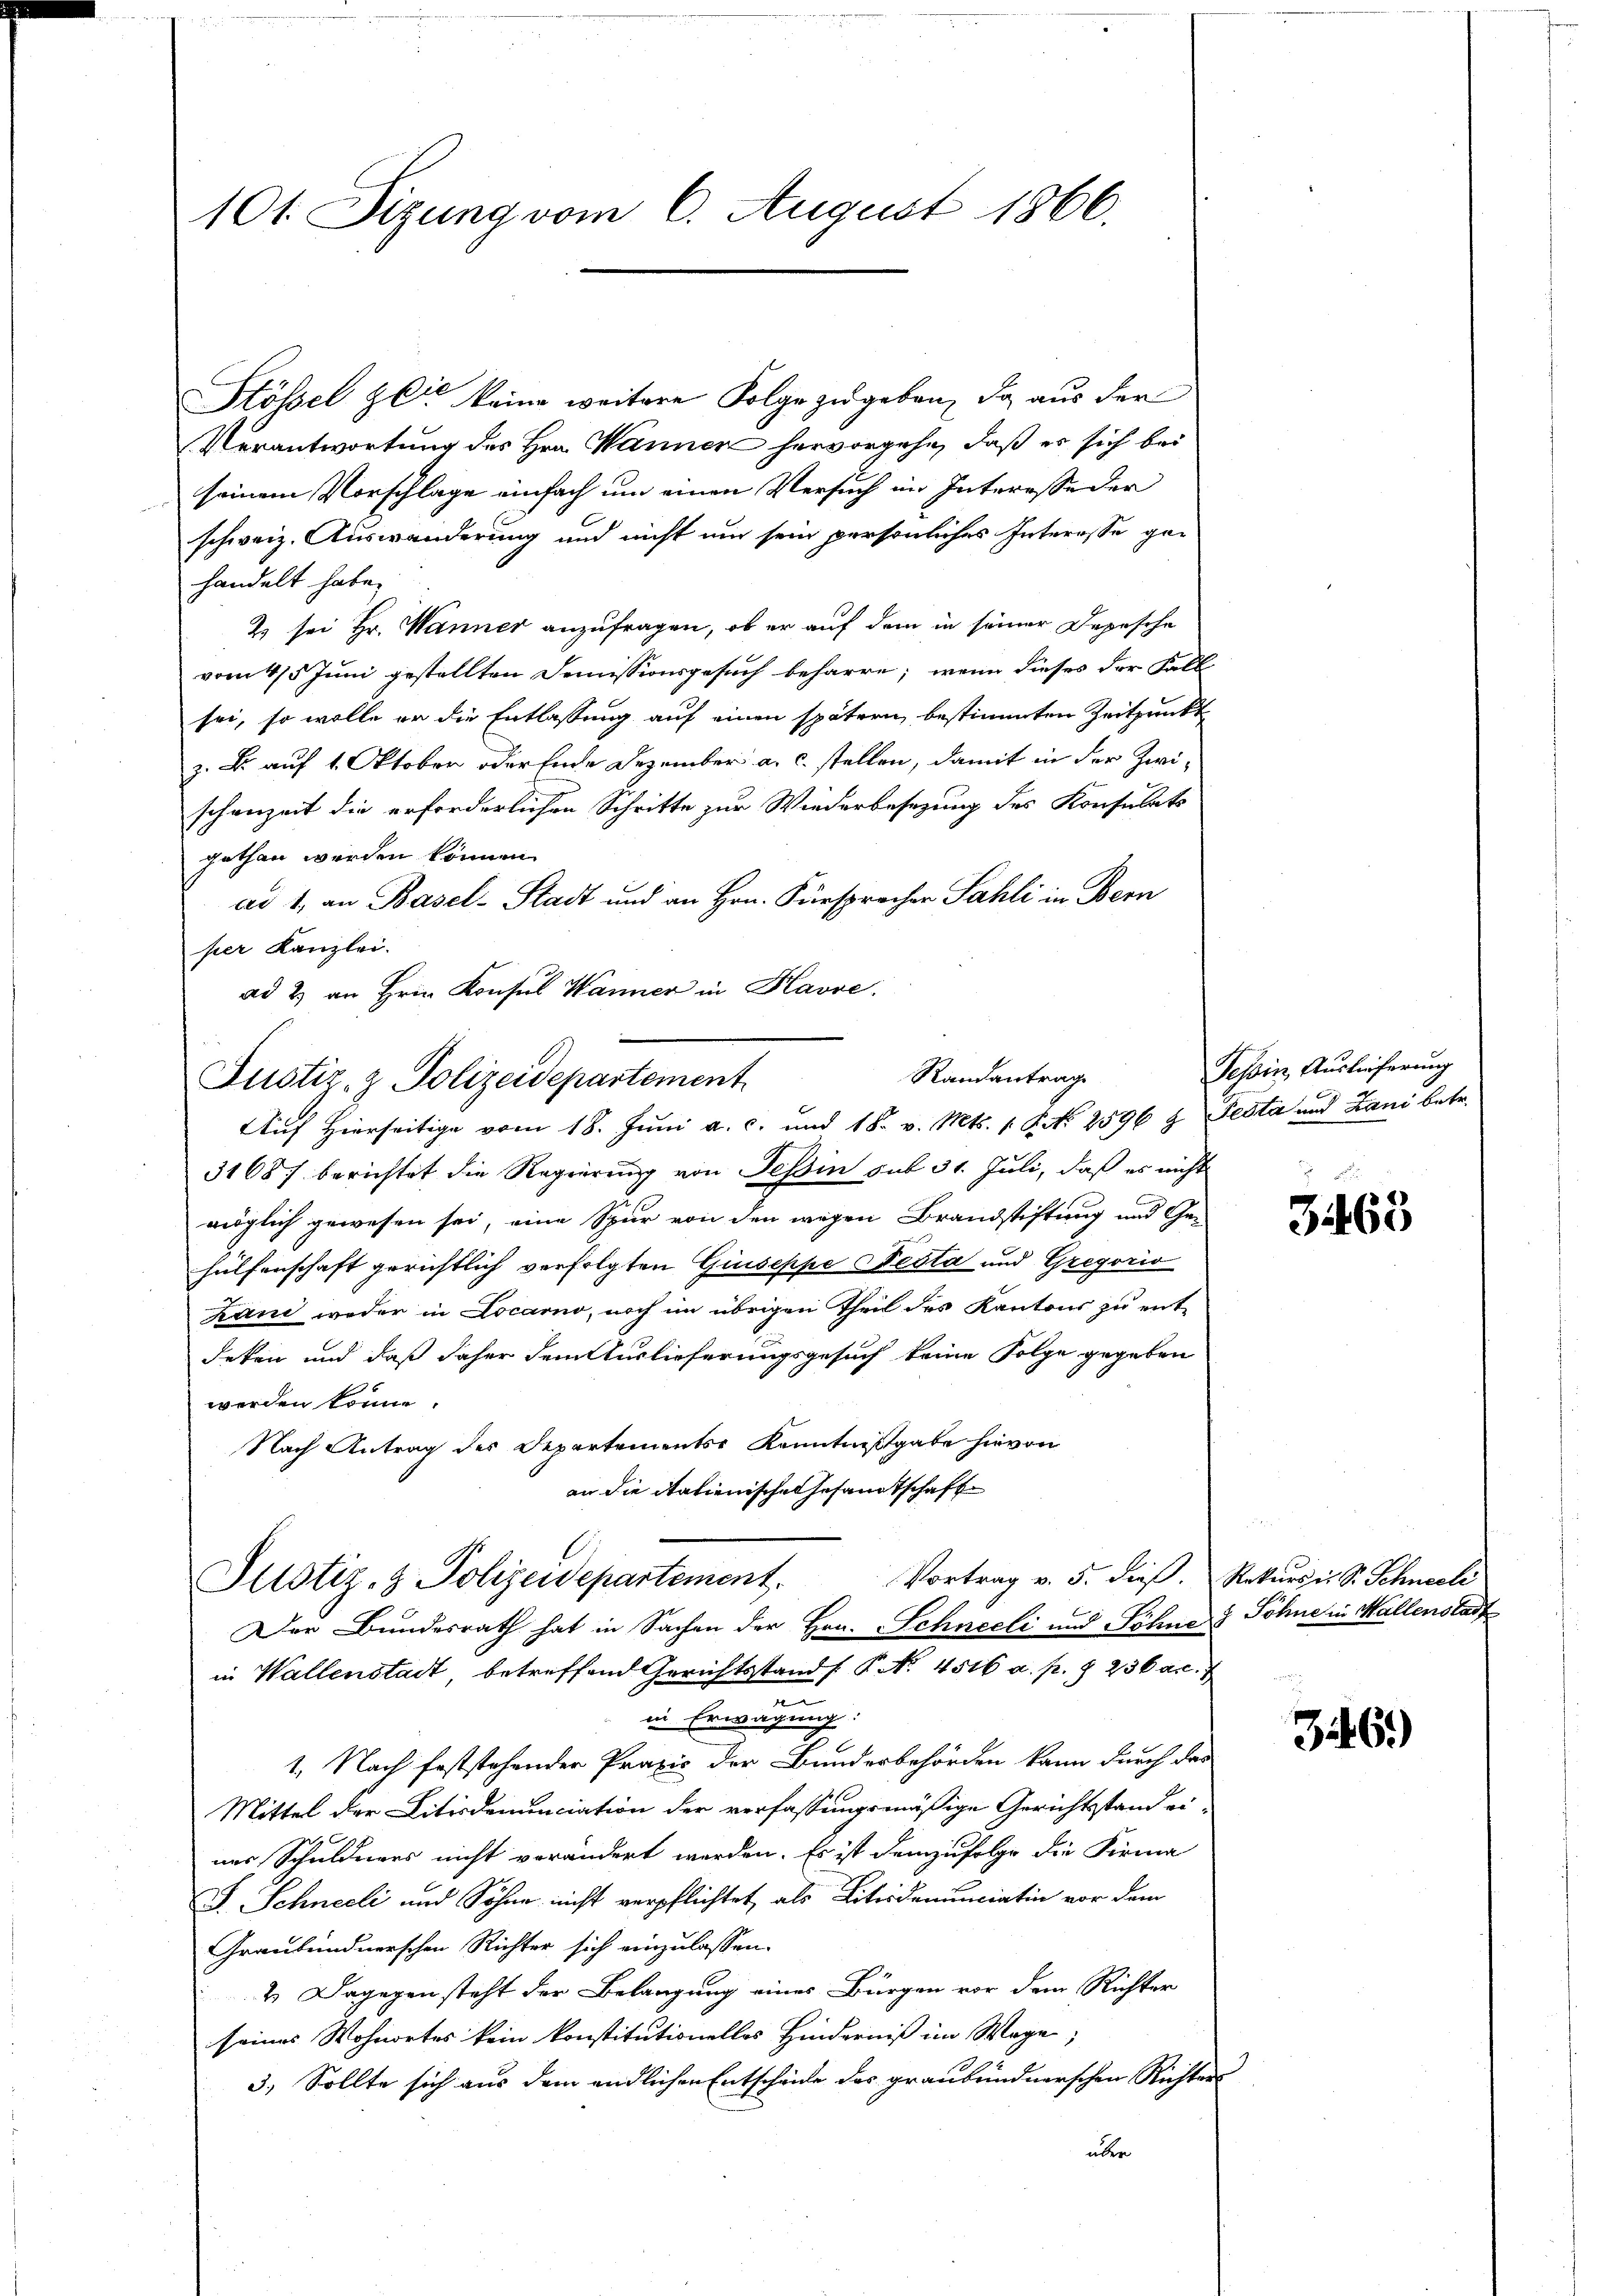
101. Sizung vom 6. August 1866.

Stössel zeit keine weitere Folge zugeben, da aus der
Verantwortung des Hrn. Wanner hervorgehe, daß er sich bei
seinem Vorschlage einfach um einen Versuch im Interesse der
schweiz. Auswanderung und nicht um sein persönliches Interesse ge-
handelt habe.
2) sei Hr. Wanner anzufragen, ob er auf dem in seiner Depesche
vom 4/5 Juni gestellten Demissionsgesuch beharre, wenn dieses der Fall
sei, so wolle er die Entlassung auf einen spätern bestimmten Zeitpunkt
z. B. auf 1. Oktoben oder Ende Dezember a. c. stellen, damit in der Zwischenzeit die erforderlichen Schritte zur Wiederbesezung des Konsulats
gethan werden können.
ad 1. an Basel-Stadt und an Hrn. Fürsprecher Sahli in Bern
per Kanzlei.
ad 2. an Hrn. Konsul Wanner in Havre
31687 berichtet die Regierung von Tessin sub 31. Juli, daß es nicht
möglich gewesen sei, eine Spur von den wegen Brandstiftung und Ge-
hülfenschaft gerichtlich verfolgten Giuseppe Nesta und Gregoris
Zani weder in Locarno, noch im übrigen Theil des Kantons zu ent-
deken und daß daher dem Auslieferungsgesuch keine Folge gegeben
werden könne.
Nach Antrag des Departements Kenntnißgabe hievon
an die italienische Gesandtschaft
l
Vortrag v. 5. dieß. Rekurs in S. Schneeli
Justiz- & Polizeidepartement.
Der Bundesrath hat in Sachen der Hrn. Schneeli und Söhne & Söhne in Mallenstadt
in Wallenstadt, betreffend Gerichtsstand. P. No. 4516 a. p. § 236 Art. 1
n
in Erwägung:
1. Nach feststehender Praxis der Bunderbehörden kann durch das
Mittel der Litisdenunciation der verfassungsmäßige Gerichtsstand ei-
ner Schuldners nicht verändert werden. Es ist demzufolge die Firma
F. Schneeli und Söhne nicht verpflichtet, als Litsidenunciation vor dem
Graubündnerschen Richter sich einzulassen.
2. Dagegen steht der Belangung eines Bürgen vor dem Richter
seines Wohnortes kein konstitutionellos Hinderniß im Wage;
3.) Sollte sich aus dem endlichen Entscheide des graubündnerschen Richter
über

Justiz- & Polizeidepartement

Randantrage
Auf Hierseitige vom 18. Juni a. c. und 18. v. Mts. 1. Pr. 2596 g Testa und Lani betr.

Tessin, Auslieferung

3463

346)